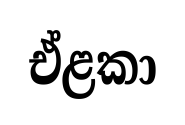
ඒළකා